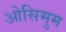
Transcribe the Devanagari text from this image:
ओसिमुम